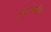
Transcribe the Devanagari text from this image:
कारस्तानियॉ